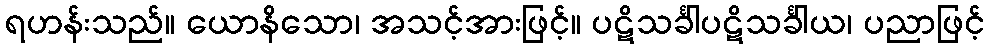
ရဟန်းသည်။ ယောနိသော၊ အသင့်အားဖြင့်။ ပဋိသင်္ခါပဋိသင်္ခါယ၊ ပညာဖြင့်